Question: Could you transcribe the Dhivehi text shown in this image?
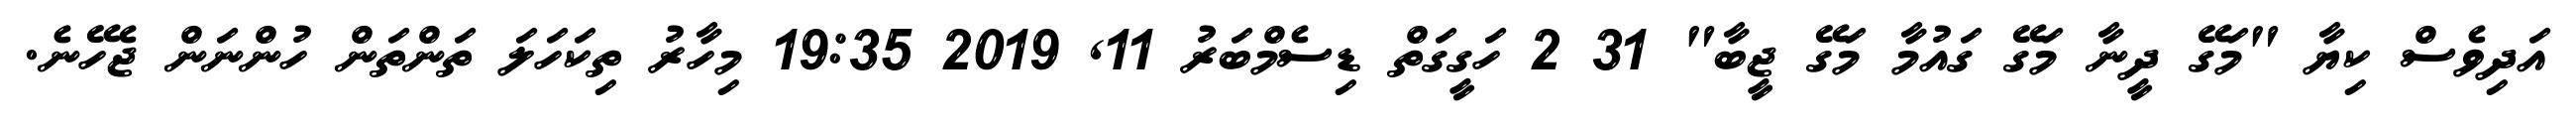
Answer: އަދިވެސް ކިޔާ "މަގޭ ދީނާ މަގޭ ގައުމާ މަގޭ ޖީބާ" 31 2 ހަގީގަތް ޑިސެމްބަރު 11, 2019 19:35 މިހާރު ތިކަހަލަ ތަންތަން ހުންނަން ޖެހޭނެ.